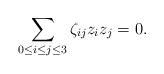
LaTeX: \begin{align*}\sum\limits_{0\le i\le j\le 3} \zeta_{ij}z_iz_j=0.\end{align*}